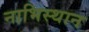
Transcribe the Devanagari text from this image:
नाभिस्थान